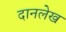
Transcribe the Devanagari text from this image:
दानलेख